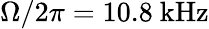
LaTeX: \Omega/2\pi=10.8~\mathrm{{kHz}}